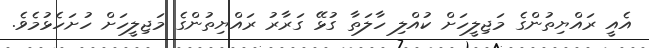
އެއީ ރައްޔިތުންގެ މަޖިލީހަށް ކުއްލި ހާލަތާ ގުޅޭ ގަރާރު ރައްޔިތުންގެ މަޖިލީހަށް ހުށަހެޅުމެވެ.